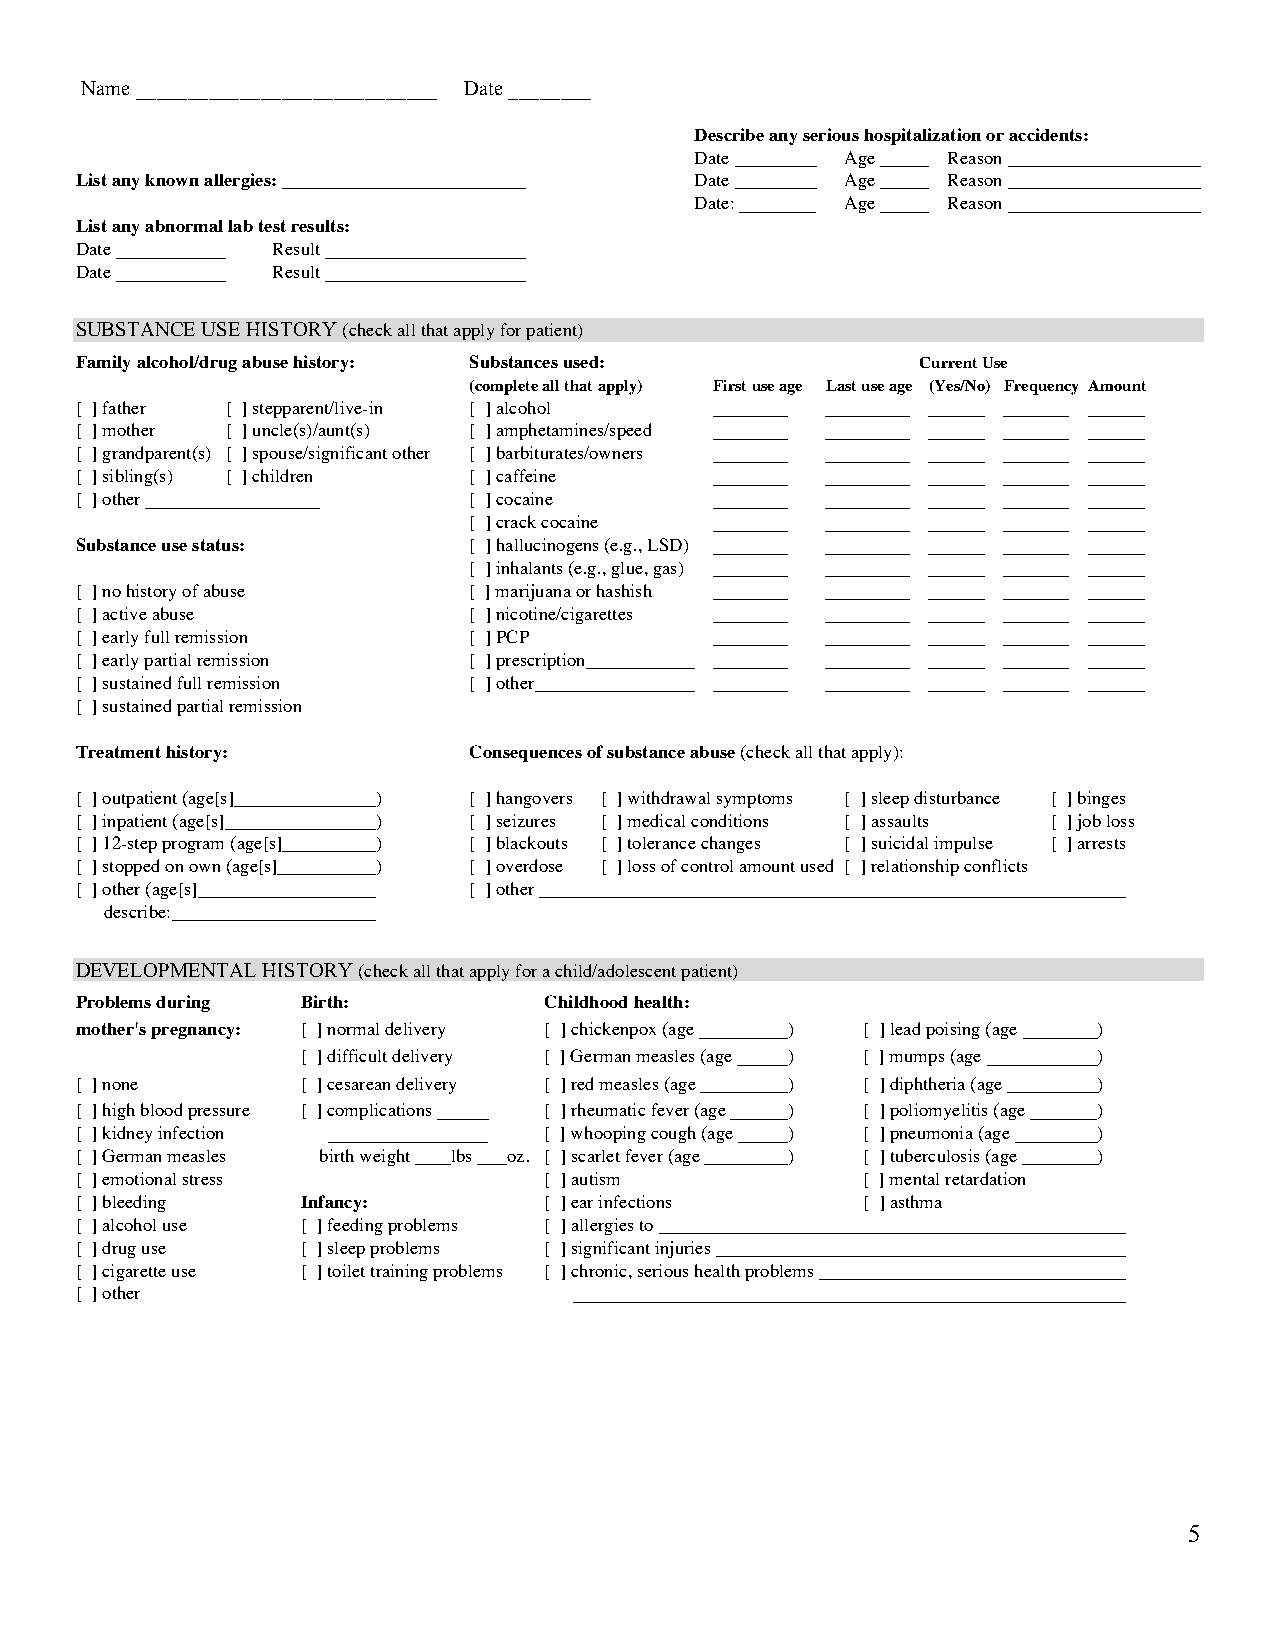
Name _____________________________ Date ________
 Describe any serious hospitalization or accidents:
 Date      Age    Reason
 List any known allergies:                Date      Age    Reason
 Date:     Age    Reason
 List any abnormal lab test results:
 Date         Result
 Date         Result
 SUBSTANCE USE HISTORY (check all that apply for patient)
 Family alcohol/drug abuse history: Substances used:     Current Use
 (complete all that apply) First use age Last use age (Yes/No) Frequency Amount
 [ ] father [ ] stepparent/live-in [ ] alcohol
 [ ] mother [ ] uncle(s)/aunt(s) [ ] amphetamines/speed
 [ ] grandparent(s) [ ] spouse/significant other [ ] barbiturates/owners
 [ ] sibling(s) [ ] children [ ] caffeine
 [ ] other                 [ ] cocaine
 [ ] crack cocaine
 Substance use status:     [ ] hallucinogens (e.g., LSD)
 [ ] inhalants (e.g., glue, gas)
 [ ] no history of abuse   [ ] marijuana or hashish
 [ ] active abuse          [ ] nicotine/cigarettes
 [ ] early full remission  [ ] PCP
 [ ] early partial remission [ ] prescription
 [ ] sustained full remission [ ] other
 [ ] sustained partial remission
 Treatment history:        Consequences of substance abuse (check all that apply):
 [ ] outpatient (age[s] )  [ ] hangovers [ ] withdrawal symptoms [ ] sleep disturbance [ ] binges
 [ ] inpatient (age[s] )   [ ] seizures [ ] medical conditions [ ] assaults [ ] job loss
 [ ] 12-step program (age[s] ) [ ] blackouts [ ] tolerance changes [ ] suicidal impulse [ ] arrests
 [ ] stopped on own (age[s] ) [ ] overdose [ ] loss of control amount used [ ] relationship conflicts
 [ ] other (age[s]         [ ] other
 describe:
 DEVELOPMENTAL HISTORY (check all that apply for a child/adolescent patient)
 Problems during Birth:         Childhood health:
 mother's pregnancy: [ ] normal delivery [ ] chickenpox (age ) [ ] lead poising (age )
 [ ] difficult delivery [ ] German measles (age ) [ ] mumps (age )
 [ ] none       [ ] cesarean delivery [ ] red measles (age ) [ ] diphtheria (age )
 [ ] high blood pressure [ ] complications [ ] rheumatic fever (age ) [ ] poliomyelitis (age )
 [ ] kidney infection           [ ] whooping cough (age ) [ ] pneumonia (age )
 [ ] German measles birth weight lbs oz. [ ] scarlet fever (age ) [ ] tuberculosis (age )
 [ ] emotional stress           [ ] autism           [ ] mental retardation
 [ ] bleeding   Infancy:        [ ] ear infections   [ ] asthma
 [ ] alcohol use [ ] feeding problems [ ] allergies to
 [ ] drug use   [ ] sleep problems [ ] significant injuries
 [ ] cigarette use [ ] toilet training problems [ ] chronic, serious health problems
 [ ] other
 5